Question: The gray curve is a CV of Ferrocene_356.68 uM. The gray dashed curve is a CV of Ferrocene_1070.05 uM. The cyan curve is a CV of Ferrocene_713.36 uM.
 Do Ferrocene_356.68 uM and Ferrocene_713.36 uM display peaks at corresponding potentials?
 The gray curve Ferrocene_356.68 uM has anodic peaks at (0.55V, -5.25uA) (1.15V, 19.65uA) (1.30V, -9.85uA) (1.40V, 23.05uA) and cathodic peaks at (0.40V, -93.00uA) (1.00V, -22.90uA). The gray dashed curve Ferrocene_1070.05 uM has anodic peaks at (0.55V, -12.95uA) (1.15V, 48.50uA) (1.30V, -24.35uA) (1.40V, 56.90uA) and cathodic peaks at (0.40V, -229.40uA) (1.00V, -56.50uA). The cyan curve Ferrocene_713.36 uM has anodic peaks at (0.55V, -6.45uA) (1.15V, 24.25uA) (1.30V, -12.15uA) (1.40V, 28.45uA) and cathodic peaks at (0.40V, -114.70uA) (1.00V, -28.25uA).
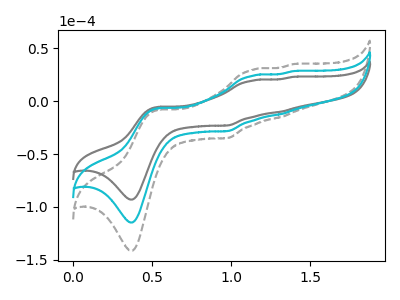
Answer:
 <answer>Yes, "Ferrocene_356.68 uM" have a peak in "Ferrocene_713.36 uM" at the same potential.</answer>
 <eval>match</eval>